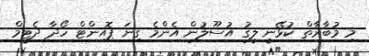
މި މުބާރާތް ކުޅޭނީ ލީގު އުސޫލުން އެންމެ ގިނަ ޕޮއިންޓް ހޯދާ ދެޓީމް